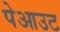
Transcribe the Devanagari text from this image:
पेआउट